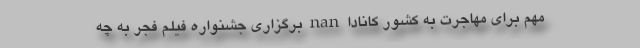
مهم برای مهاجرت به کشور کانادا nan برگزاری جشنواره فیلم فجر به چه